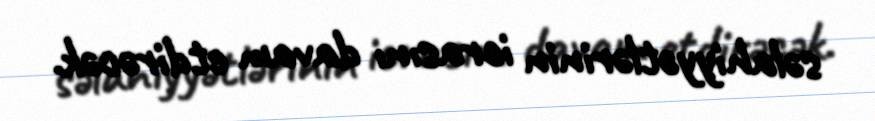
səlahiyyətlərinin icrasını davam etdirəcək.